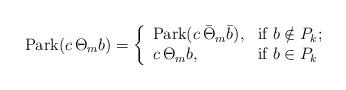
LaTeX: \begin{align*}{\rm Park}(c\,\Theta_m b)=\left\{ \begin{array}{ll} {\rm Park}(c\, \bar{\Theta}_m \bar{b} ), & \hbox{if $b\notin P_{k}$;} \\ c\, \Theta_m b, & \hbox{if $b\in P_{k}$} \end{array} \right.\end{align*}